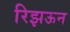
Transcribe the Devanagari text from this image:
रिझऊन